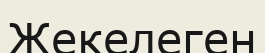
Жекелеген